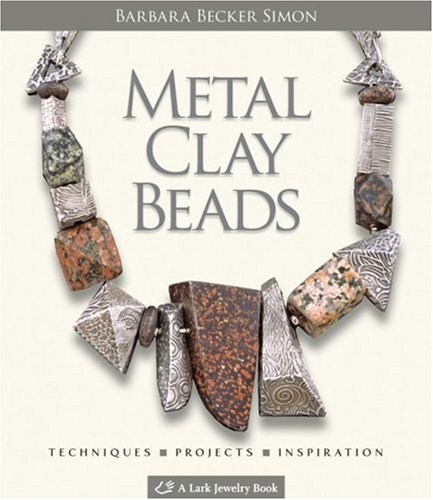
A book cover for Metal Clay Beads: Techniques, Projects, Inspiration (Lark Jewelry & Beading); Barbara Becker Simon; Crafts, Hobbies & Home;